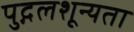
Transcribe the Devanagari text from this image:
पुद्गलशून्यता